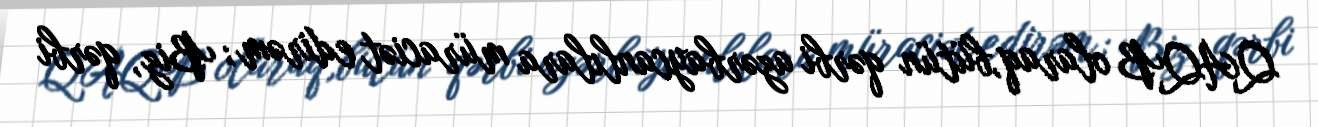
QAQB olaraq,bütün qərbi azərbaycanlılara müraciət edirəm; Biz, qərbi